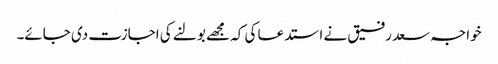
خواجہ سعد رفیق نے استدعا کی کہ مجھے بولنے کی اجازت دی جائے۔